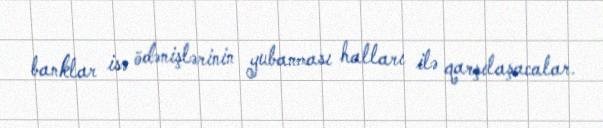
banklar isə ödənişlərinin yubanması halları ilə qarşılaşacalar.